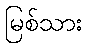
မြစ်သား